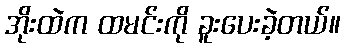
အိုးထဲက ထမင်းကို ခူးပေးခဲ့တယ်။